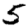
Digit: 5